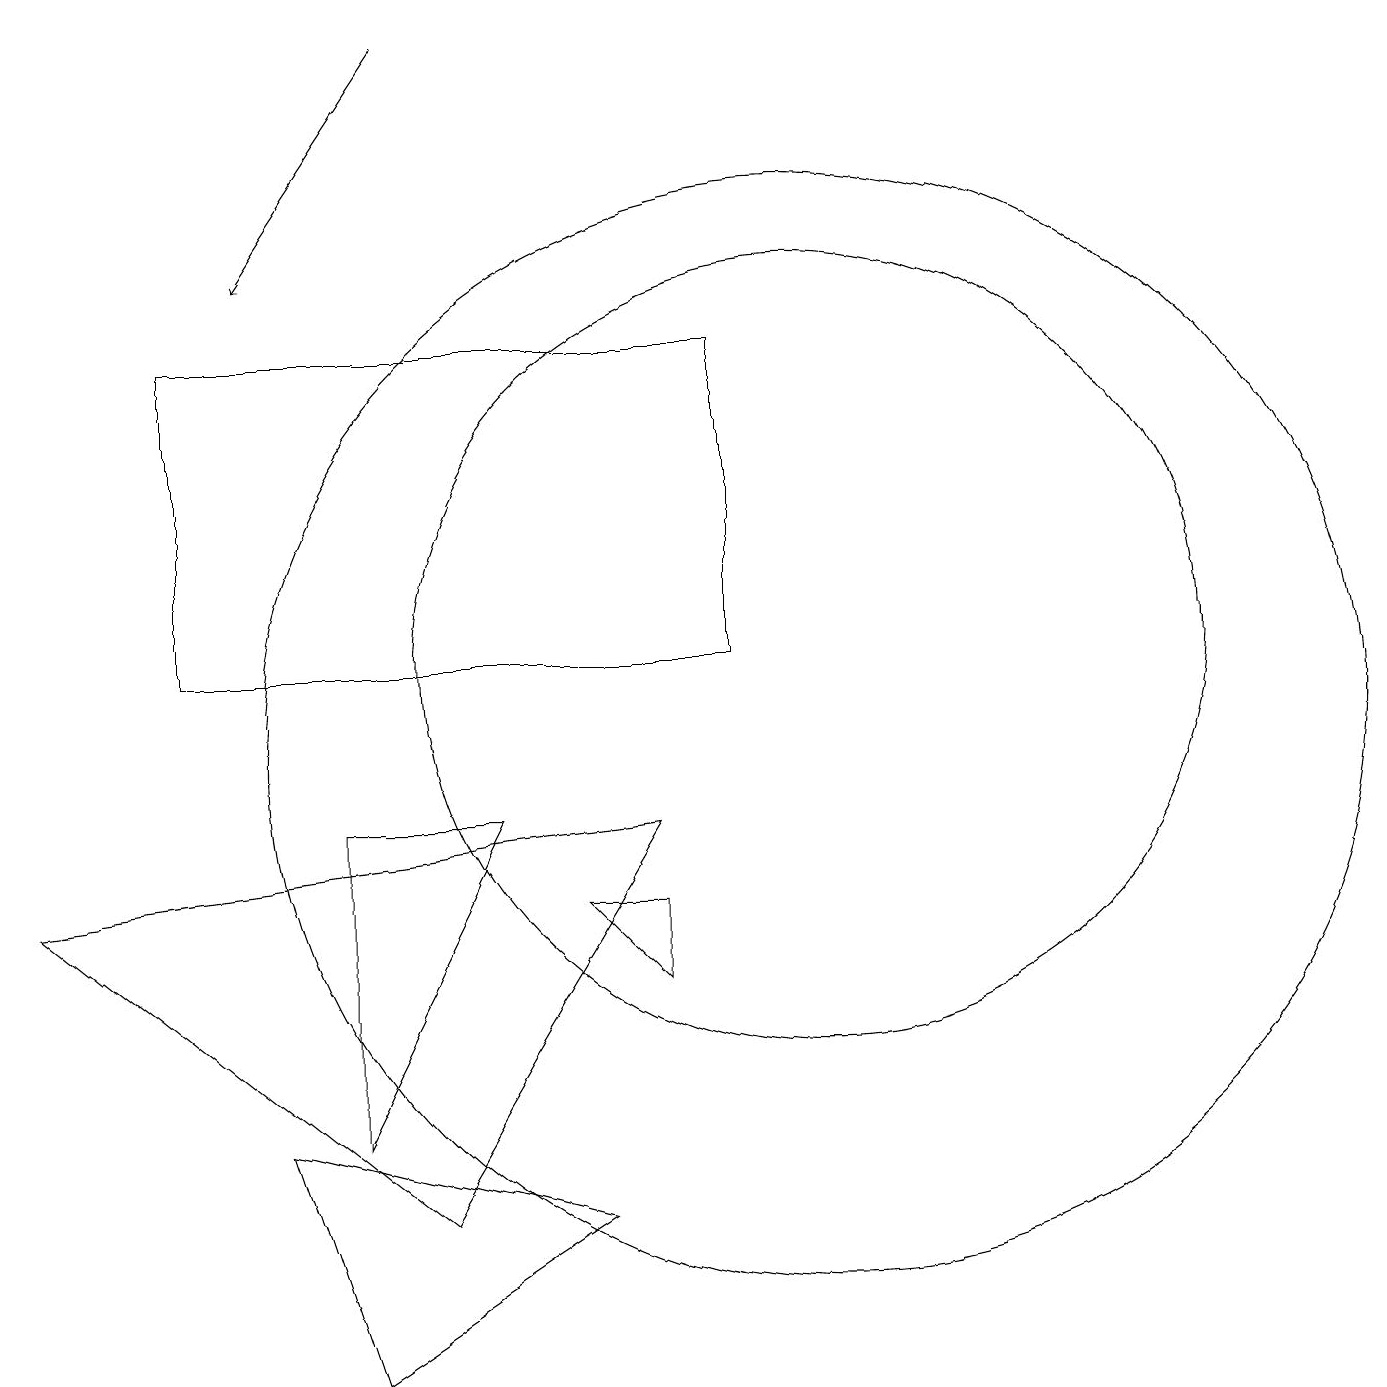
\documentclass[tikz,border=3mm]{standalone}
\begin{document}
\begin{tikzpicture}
\draw (10,10) circle (7);
\draw (10,11) circle (5);
\draw (8,7) -- (8,8) -- (7,8) -- cycle;
\draw (0,8) -- (8,9) -- (5,4) -- cycle;
\draw (7,4) -- (4,2) -- (3,5) -- cycle;
\draw (9,15) rectangle (2,11);
\draw[->] (5,19) -- (3,16);
\draw (4,5) -- (6,9) -- (4,9) -- cycle;
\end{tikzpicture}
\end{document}